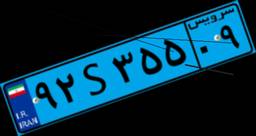
۹۲S۳۵۵۰۹